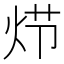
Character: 𰞍